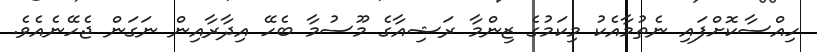
ހިއްސާކޮށްފައި ނެތުމާއެކު މިކަމުގެ ޒިންމާ ރަޝިއާގެ މޫސުމާ ބެހޭ އިދާރާއިން ނަގަން ޖެހޭނެއެވެ.